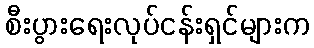
စီးပွားရေးလုပ်ငန်းရှင်များက